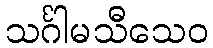
သင်္ဂါမသီသေဝ